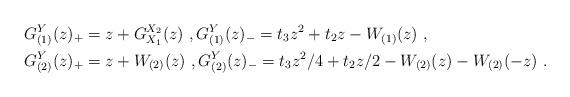
LaTeX: \begin{align*}&G_{(1)}^Y(z)_+=z+G_{X_1}^{X_2}(z)\ ,G_{(1)}^Y(z)_-=t_3z^2+t_2z-W_{(1)}(z)\ ,\\&G_{(2)}^Y(z)_+=z+W_{(2)}(z)\ ,G_{(2)}^Y(z)_-=t_3z^2/4+t_2z/2-W_{(2)}(z)-W_{(2)}(-z)\ .\end{align*}